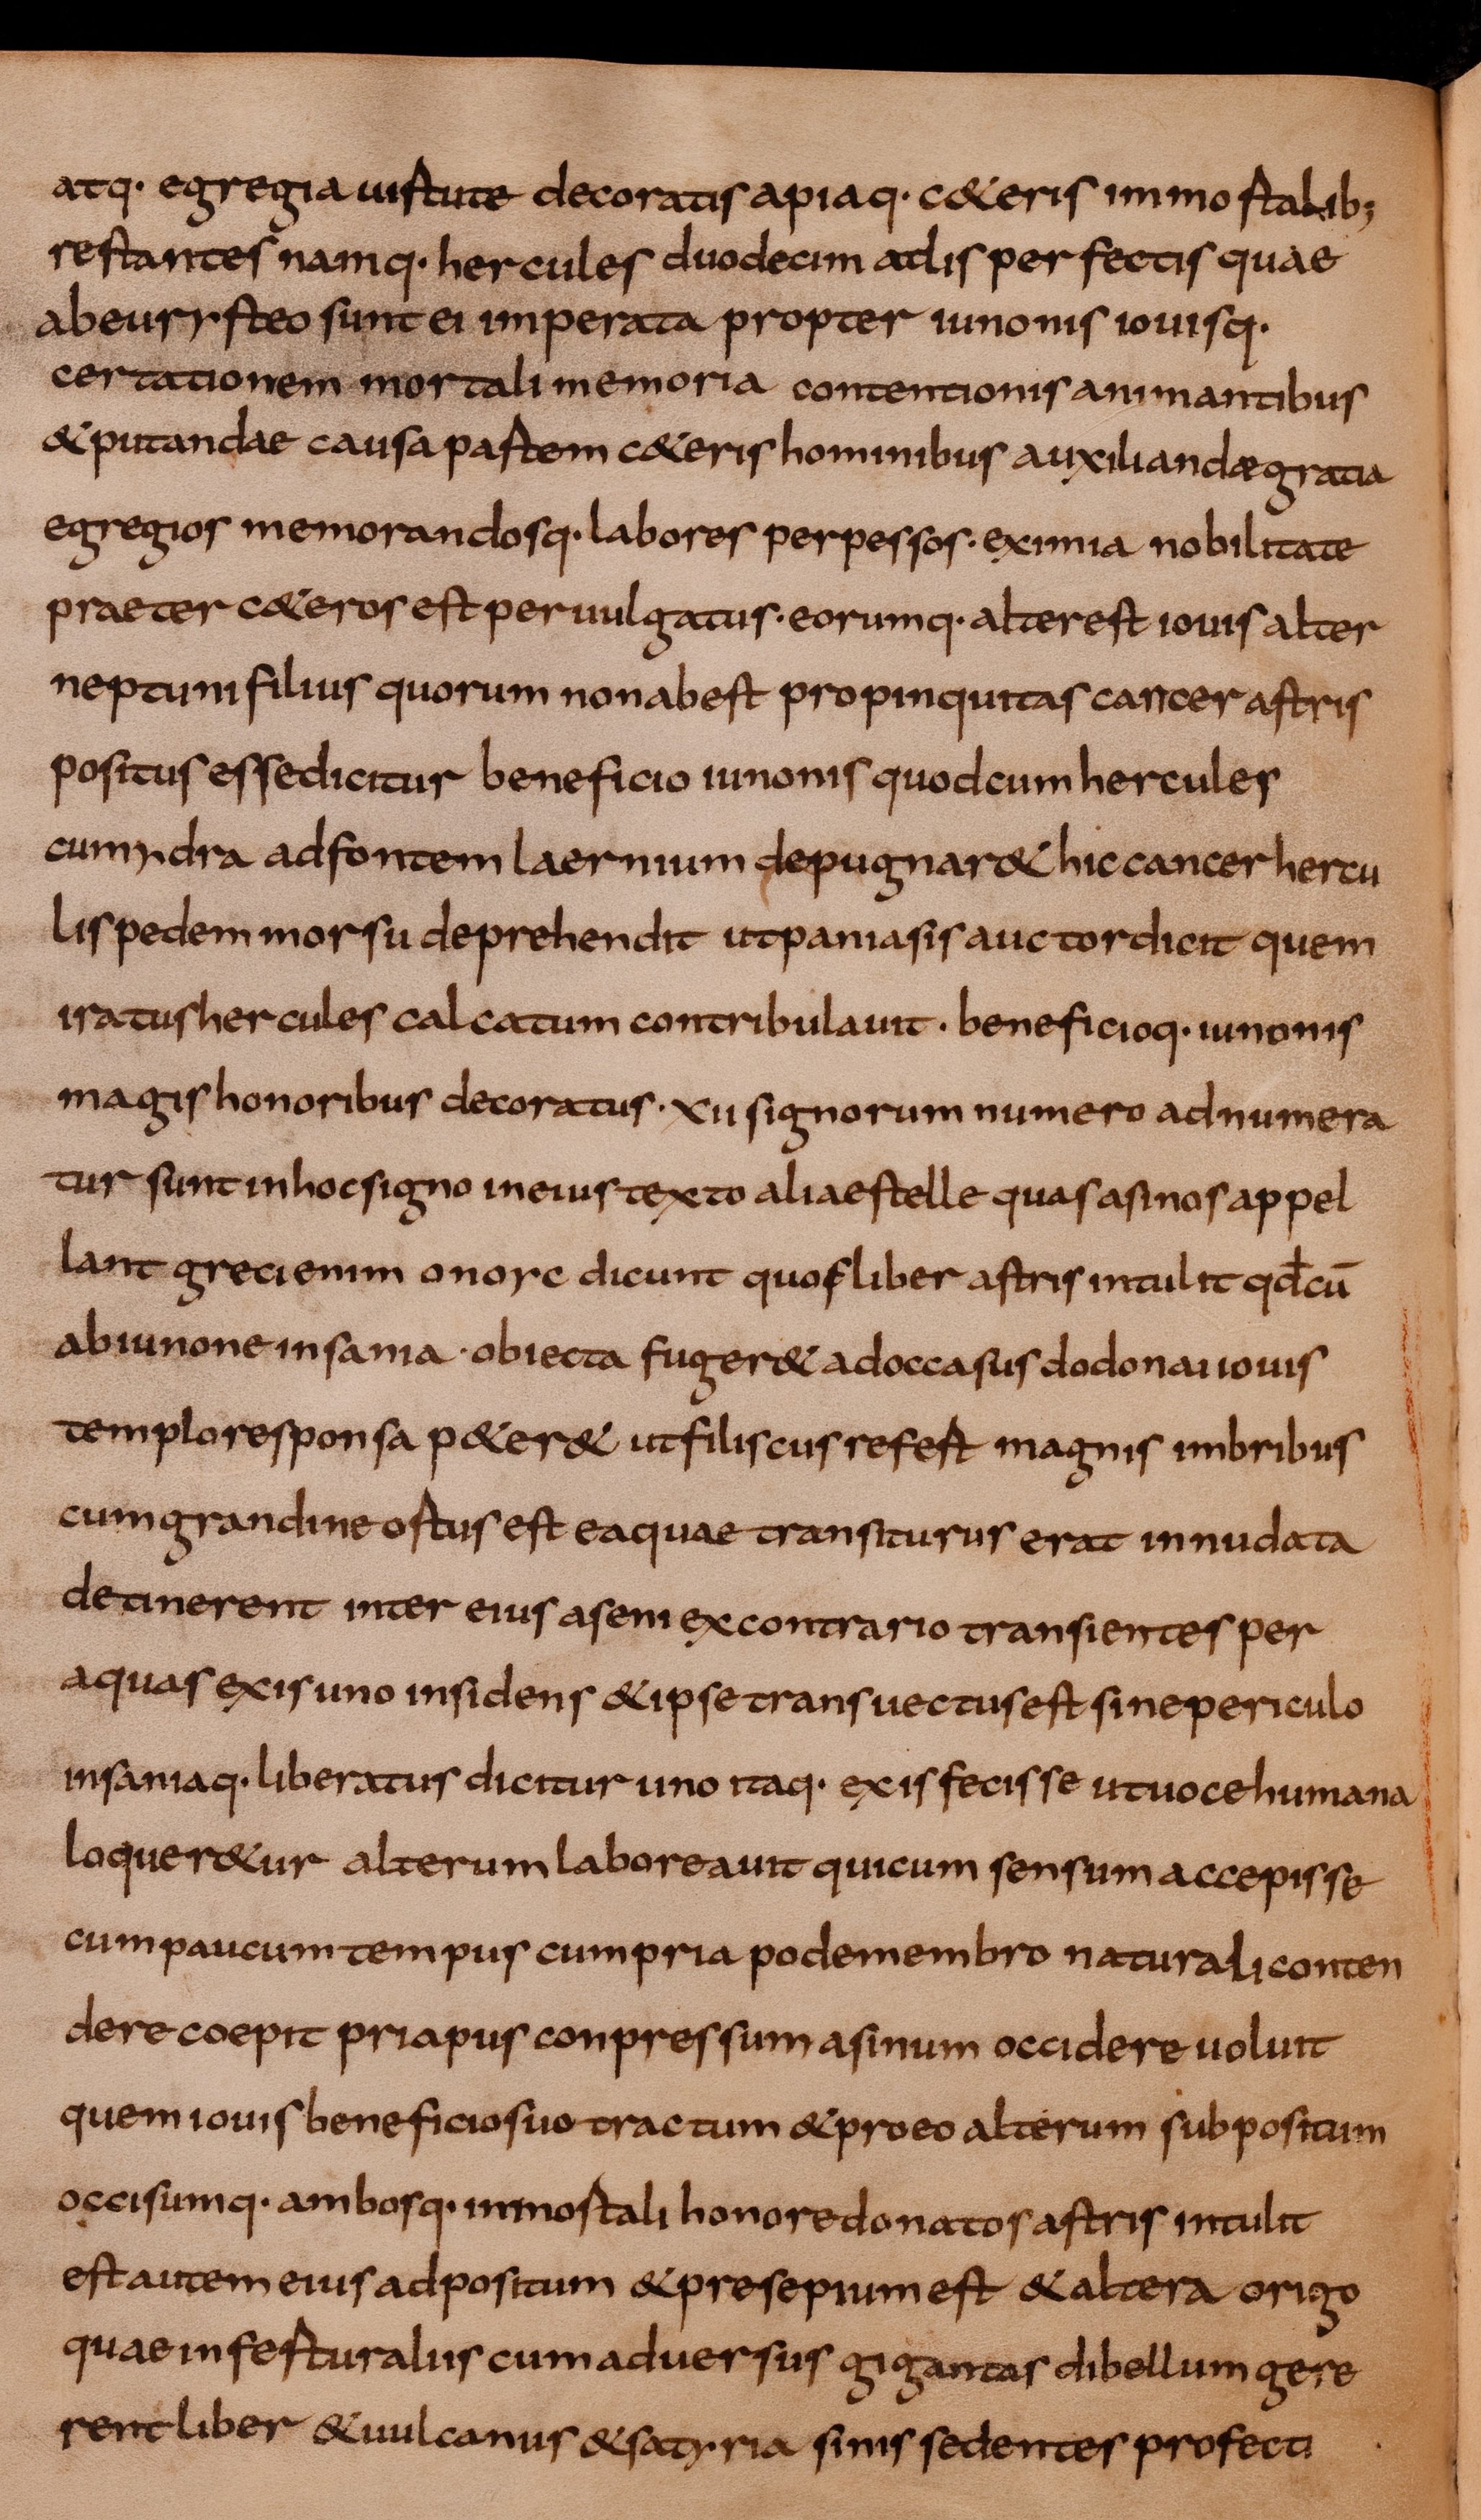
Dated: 800–849